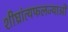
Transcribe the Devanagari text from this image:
शीघ्रांत्यफलज्याओं